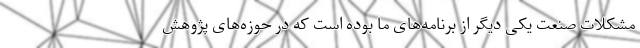
مشکلات صنعت یکی دیگر از برنامه‌های ما بوده است که در حوزه‌های پژوهش